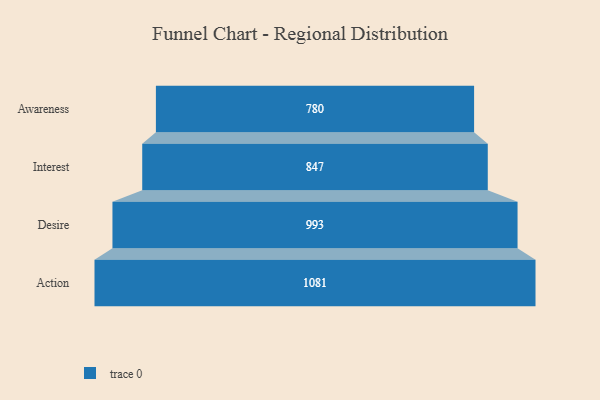
{"axis": {"x": "Stage", "y": "Value"}, "legend": [""], "data": [{"x": "Awareness", "y": 780.0, "type": ""}, {"x": "Interest", "y": 847.0, "type": ""}, {"x": "Desire", "y": 993.0, "type": ""}, {"x": "Action", "y": 1081.0, "type": ""}]}